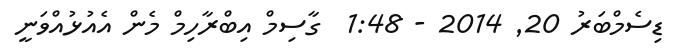
ޑިސެމްބަރު 20